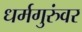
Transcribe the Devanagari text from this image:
धर्मगुरुंवर